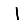
Digit: 1